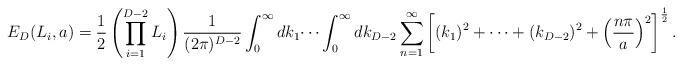
LaTeX: \begin{align*}E_{D}(L_{i},a)= \frac{1}{2}\left(\prod_{i=1}^{D-2}L_i\right)\frac{1}{(2\pi)^{D-2}} \int_{0}^{\infty}dk_{1}\dots\int_{0}^{\infty}dk_{D-2}\sum_{n=1}^{\infty} \left[(k_{1})^{2}+\dots+(k_{D-2})^{2}+ \left(\frac{n\pi}{a}\right)^{2}\right]^{\frac{1}{2}}.\end{align*}